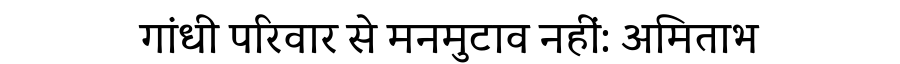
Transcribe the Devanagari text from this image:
गांधी परिवार से मनमुटाव नहीं: अमिताभ